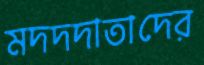
মদদদাতাদের